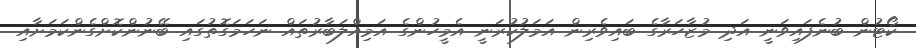
ކޯޓުން ބުނެފައިވަނީ އަދި މުޒާހަރާގެ ބައިވެރިން އަމަލުކުރަނީ އެމީހުންގެ އަމިއްލަބާރުތައް ނަހަމަގޮތުގައި ބޭނުންކޮށްގެންކަމަށާއި